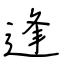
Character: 逢